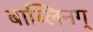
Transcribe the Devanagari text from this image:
बाब्लिनग्